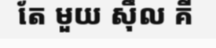
តែ មួយ ស៊ឹល គី